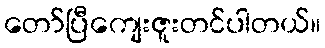
တော်ပြီကျေးဇူးတင်ပါတယ်။